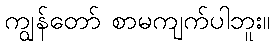
ကျွန်တော် စာမကျက်ပါဘူး။